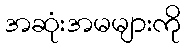
အဆုံးအမများကို